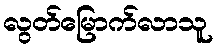
လွတ်မြောက်လာသူ